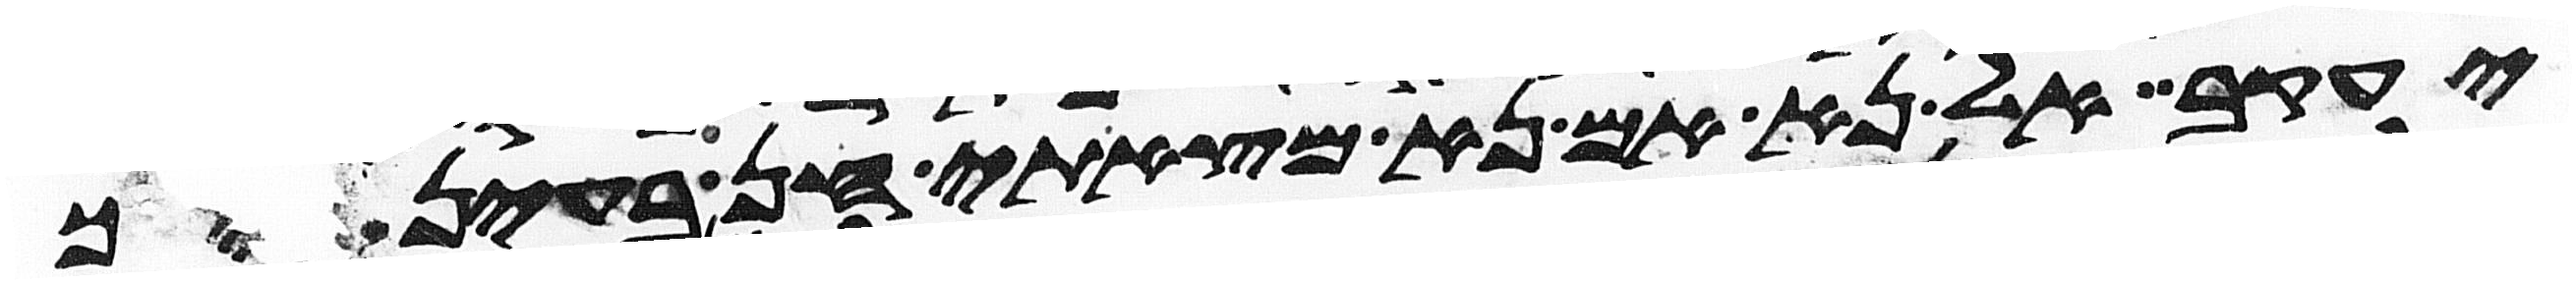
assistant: יעקב אל נא אם נא מצאתי חן בעיניך